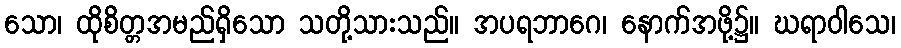
သော၊ ထိုစိတ္တအမည်ရှိသော သတို့သားသည်။ အပရဘာဂေ၊ နောက်အဖို့၌။ ဃရာဝါသေ၊